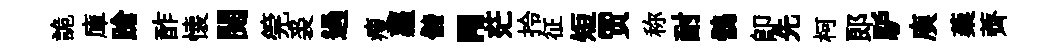
詭庫蹌酢懐閱筦裘過瘦蘿儲·茫拎征短贾称耐鶻即先柯郞馿庾蔾薺